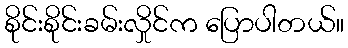
စိုင်းစိုင်းခမ်းလှိုင်က ပြောပါတယ်။